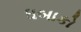
ધબાકો